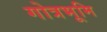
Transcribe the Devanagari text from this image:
गोत्रभूमि